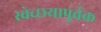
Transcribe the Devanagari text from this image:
स्वेच्छयापूर्वक